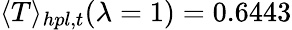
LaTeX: \langle T\rangle_{hpl,t}(\lambda=1)=0.6443